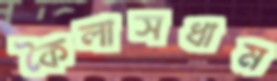
কৈলাসধাম